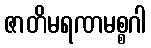
ဇာတိမရဏမစ္စဂါ